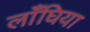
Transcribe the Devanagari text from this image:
लाँघिया